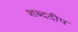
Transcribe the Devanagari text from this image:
शब्ददीप